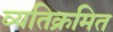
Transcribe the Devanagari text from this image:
व्यतिक्रमित